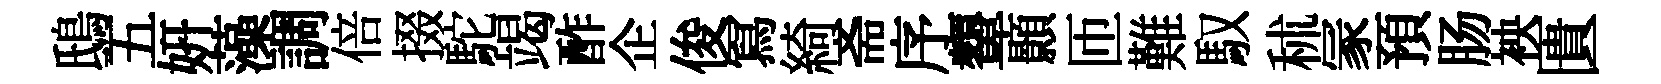
鴟五妍藻調倍掇駝竭酢企俊冩綺斋序顰顥匝難馭秫冡預肠䘧匱